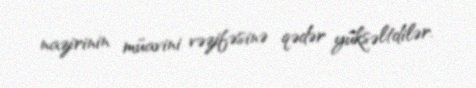
nazirinin müavini vəzifəsinə qədər yüksəltdilər.